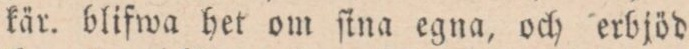
kär. blifwa het om ſina egna, och erbjöd